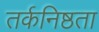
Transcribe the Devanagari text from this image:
तर्कनिष्ठता